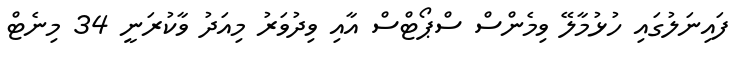
ފައިނަލުގައި ހުޅުމާލޭ ވިމެންސް ސްޕޯޓްސް އާއި ވިދުވަރު މިއަދު ވާކުރަނީ 34 މިނެޓް